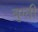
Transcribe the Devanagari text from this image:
बुग्ती